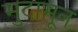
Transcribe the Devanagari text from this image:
मुदामून